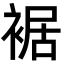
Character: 裾